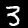
Digit: 3